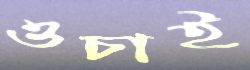
ওচাই